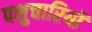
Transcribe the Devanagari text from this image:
पशुचारियों